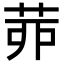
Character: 𦯄